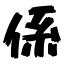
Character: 係